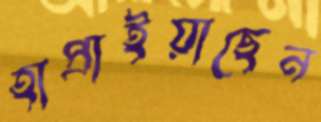
হাপ্‌রাইয়াছেন